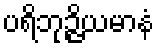
ပရိဘုဉ္ဇိယမာနံ